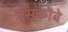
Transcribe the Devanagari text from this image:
एंसकोंबे